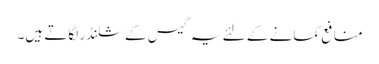
منافع کمانے کے لئے یہ گیس کے سلنڈر لگاتے ہیں۔